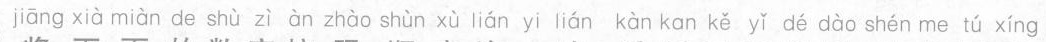
jiāng xià miàn de shù zì àn zhào shùn xù lián yi lián kàn kan kě yǐ dé dào shén me tú xíng